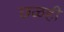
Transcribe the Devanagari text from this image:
छळही